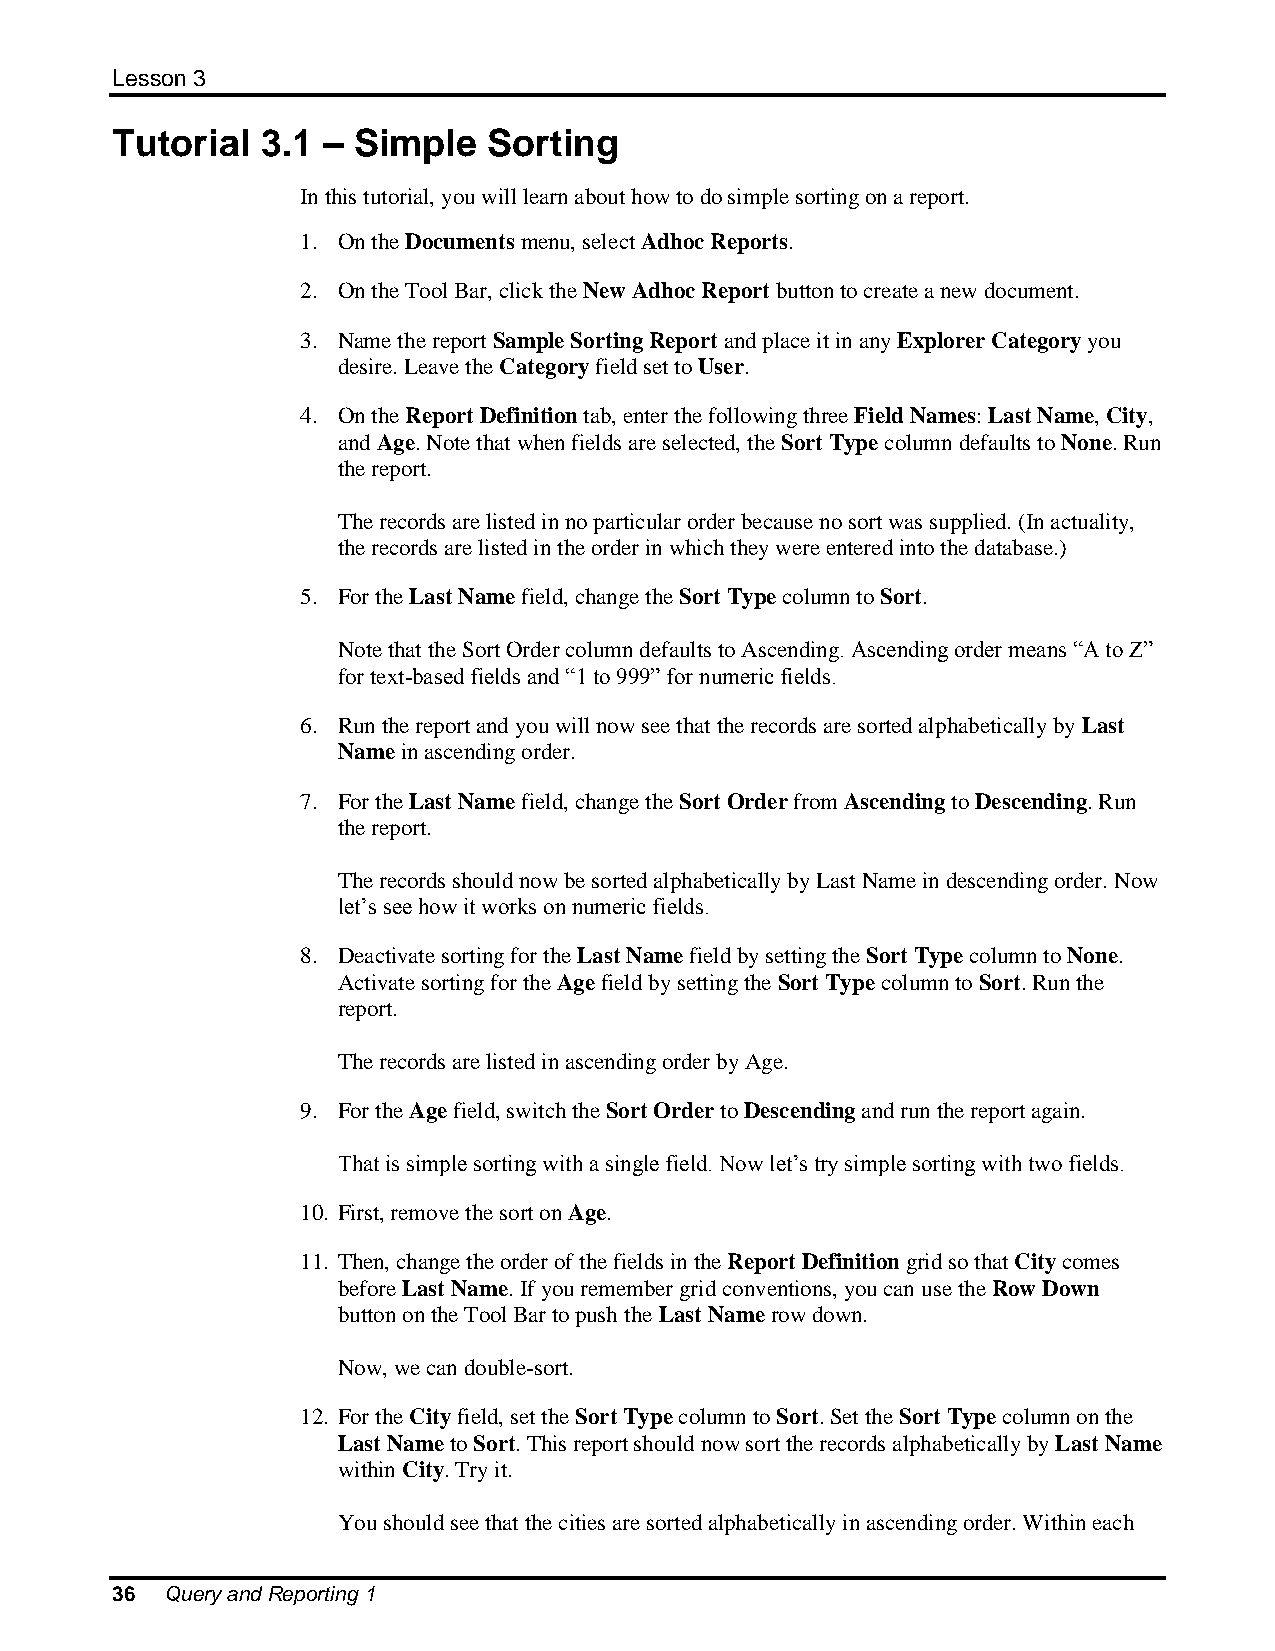
Lesson 3
 Tutorial  3.1 – Simple   Sorting
 In this tutorial, you will learn about how to do simple sorting on a report.
 1. On the Documents menu, select Adhoc Reports.
 2. On the Tool Bar, click the New Adhoc Report button to create a new document.
 3. Name the report Sample Sorting Report and place it in any Explorer Category you
 desire. Leave the Category field set to User.
 4. On the Report Definition tab, enter the following three Field Names: Last Name, City,
 and Age. Note that when fields are selected, the Sort Type column defaults to None. Run
 the report.
 The records are listed in no particular order because no sort was supplied. (In actuality,
 the records are listed in the order in which they were entered into the database.)
 5. For the Last Name field, change the Sort Type column to Sort.
 Note that the Sort Order column defaults to Ascending. Ascending order means “A to Z”
 for text-based fields and “1 to 999” for numeric fields.
 6. Run the report and you will now see that the records are sorted alphabetically by Last
 Name in ascending order.
 7. For the Last Name field, change the Sort Order from Ascending to Descending. Run
 the report.
 The records should now be sorted alphabetically by Last Name in descending order. Now
 let’s see how it works on numeric fields.
 8. Deactivate sorting for the Last Name field by setting the Sort Type column to None.
 Activate sorting for the Age field by setting the Sort Type column to Sort. Run the
 report.
 The records are listed in ascending order by Age.
 9. For the Age field, switch the Sort Order to Descending and run the report again.
 That is simple sorting with a single field. Now let’s try simple sorting with two fields.
 10. First, remove the sort on Age.
 11. Then, change the order of the fields in the Report Definition grid so that City comes
 before Last Name. If you remember grid conventions, you can use the Row Down
 button on the Tool Bar to push the Last Name row down.
 Now, we can double-sort.
 12. For the City field, set the Sort Type column to Sort. Set the Sort Type column on the
 Last Name to Sort. This report should now sort the records alphabetically by Last Name
 within City. Try it.
 You should see that the cities are sorted alphabetically in ascending order. Within each
 36  Query and Reporting 1